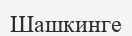
Шашкинге